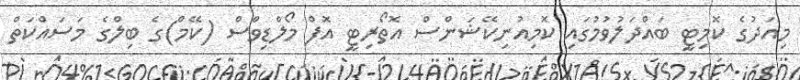
މިއަދުގެ ކޮމިޓީ ބައްދަލުވުމުގައި ކޮމިއުނިކޭޝަންސް އޮތޯރިޓީ އޮފް މޯލްޑިވްސް (ކޭމް)ގެ ބިލްގެ މަސައްކަތް